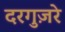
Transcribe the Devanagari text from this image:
दरगुज़रे